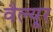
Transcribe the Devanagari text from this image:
वैल्यूर